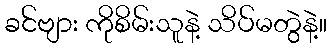
ခင်ဗျား ကိုစိမ်းသူနဲ့ သိပ်မတွဲနဲ့။